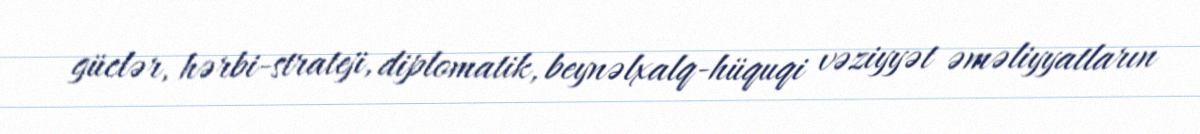
güclər, hərbi-strateji, diplomatik, beynəlxalq-hüquqi vəziyyət əməliyyatların